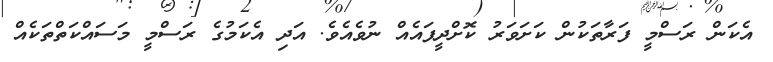
އެކަން ރަސްމީ ފަރާތަކުން ކަށަވަރު ކޮށްދީފައެއް ނުވެއެވެ. އަދި އެކަމުގެ ރަސްމީ މަސައްކަތްތަކެއް